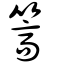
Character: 篙